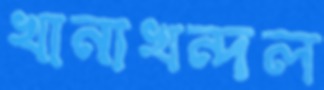
খানাখন্দল